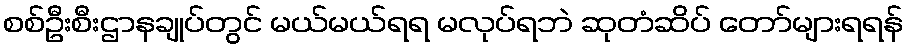
စစ်ဦးစီးဌာနချုပ်တွင် မယ်မယ်ရရ မလုပ်ရဘဲ ဆုတံဆိပ် တော်များရရန်